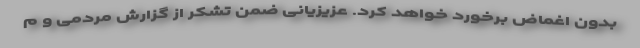
بدون اغماض برخورد خواهد کرد. عزیزیانی ضمن تشکر از گزارش مردمی و م